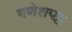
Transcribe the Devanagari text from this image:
गणेशपट्ट